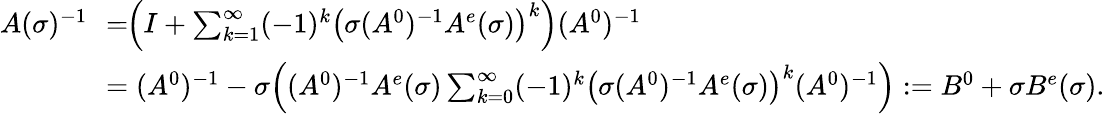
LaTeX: \begin{array}{rl}{A(\sigma)^{-1}\! \! }&{=\! \! \Big(I+\sum_{k=1}^{\infty}(-1)^{k}\big(\sigma(A^{0})^{-1}A^{e}(\sigma)\big)^{k}\Big)(A^{0})^{-1}}\\ &{=(A^{0})^{-1}-\sigma\Big((A^{0})^{-1}A^{e}(\sigma)\sum_{k=0}^{\infty}(-1)^{k}\big(\sigma(A^{0})^{-1}A^{e}(\sigma)\big)^{k}(A^{0})^{-1}\Big):=B^{0}+\sigma B^{e}(\sigma).}\end{array}